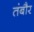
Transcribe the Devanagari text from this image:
तंबौर